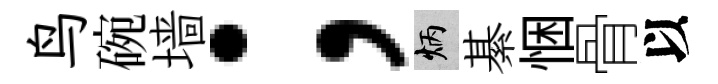
鸟碗墙；炳綦悃骨以